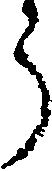
う